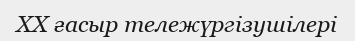
XX ғасыр тележүргізушілері